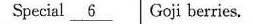
Speceial \underline{6} Goji berries.